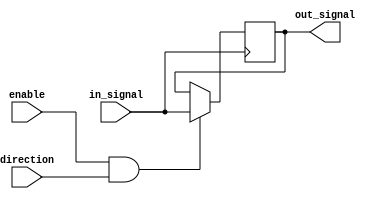
module IO_Block_TTL_Buffer (
    input wire in_signal,
    output wire out_signal,
    input wire direction,
    input wire enable
);

// Input buffer to amplify incoming signals
reg amplified_signal;
always @ (posedge in_signal)
begin
    if (enable && direction) amplified_signal <= in_signal;
end

// Output buffer to drive signals to external devices
assign out_signal = amplified_signal;

endmodule